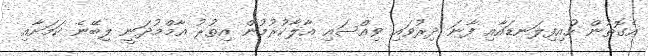
އެގޮތުން ހުއިފިލަނޑައާއި ފާނަ ދިރުވައި ވިއްސައި އާލާކުރުމުން އިތުރު އާމްމުދަނީ ލިބޭނެ ކަމަށާއި